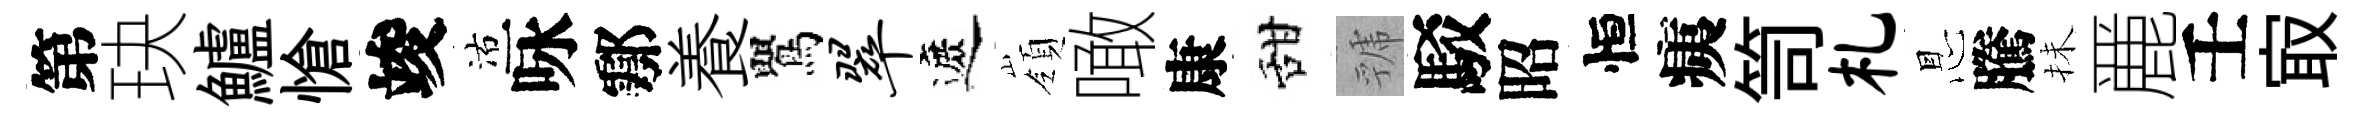
第玦鱸愴竣沽咏鄠養鸎翠遮嶺噉康甜虢駁昭恒痍笥札㤙騰抺䴡壬㝡